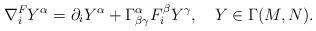
LaTeX: \begin{align*} \nabla_i^F Y^\alpha = \partial_i Y^\alpha+ \Gamma^\alpha_{\beta \gamma}F^\beta_i Y^\gamma, \ \ \ Y\in \Gamma( M, N).\end{align*}